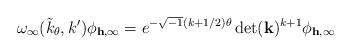
LaTeX: \begin{align*} \omega_{\infty}(\tilde{k}_{\theta},k')\phi_{\mathbf h,\infty} = e^{-\sqrt{-1}(k+1/2)\theta}\det(\mathbf k)^{k+1}\phi_{\mathbf h,\infty} \end{align*}